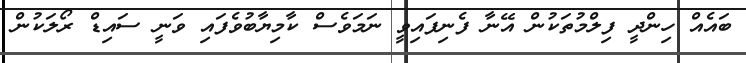
ބައެއް ހިންދީ ފިލްމުތަކުން އޭނާ ފެނިފައިވީ ނަމަވެސް ކާމިޔާބުވެފައި ވަނީ ސައިޑް ރޯލަކުން